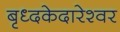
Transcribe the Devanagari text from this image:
बृध्दकेदारेश्वर